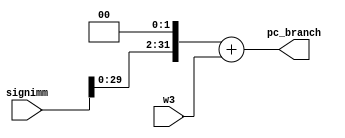
`timescale 1ns / 1ps

module shiftleftandadd(
input [31:0] signimm, w3, output reg [31:0] pc_branch
    );
 reg [31:0] abc;
 
 initial
 begin
 pc_branch <= 0;
 end
 
 always @(signimm, w3)
 begin
 abc = signimm<<2;
 pc_branch = abc+w3;
end
endmodule